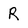
Character: R